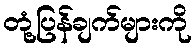
တုံ့ပြန်ချက်များကို